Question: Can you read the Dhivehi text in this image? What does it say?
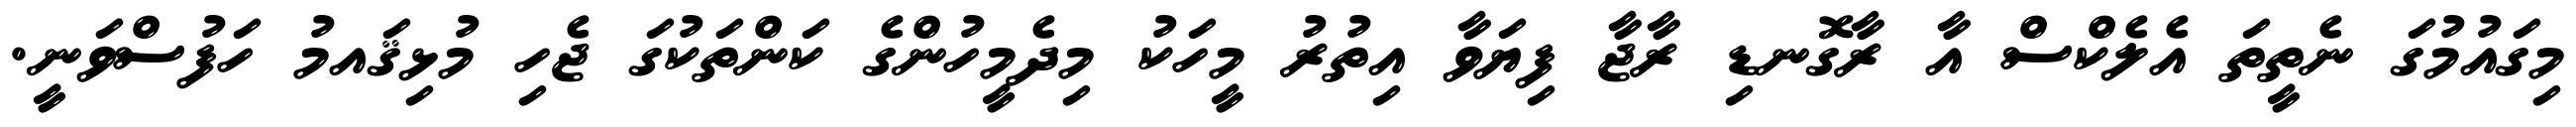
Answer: މިގައުމުގަ ނެތީތަ އެލެކްސް އާ ރާގޮނޑި ރާޖާ ފިޔަވާ އިތުރު މީހަކު މިދެމީހުންގެ ކަންތަކުގަ ޖެހި މުޅިޤައމު ހަފުސްވަނީ.